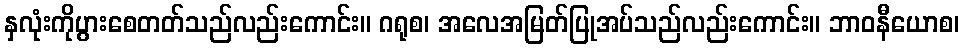
နှလုံးကိုပွားစေတတ်သည်လည်းကောင်း။ ဂရုစ၊ အလေအမြတ်ပြုအပ်သည်လည်းကောင်း။ ဘာဝနီယောစ၊